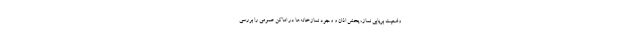
وضعیت برپایی نماز، پخش اذان و وجود نمازخانه‌ها در اماکن عمومی را بررسی